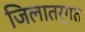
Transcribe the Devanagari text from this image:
जिलातर्गत